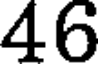
46